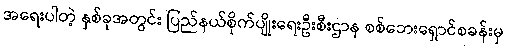
အရေးပါတဲ့ နှစ်ခုအတွင်း ပြည်နယ်စိုက်ပျိုးရေးဦးစီးဌာန စစ်ဘေးရှောင်စခန်းမှ